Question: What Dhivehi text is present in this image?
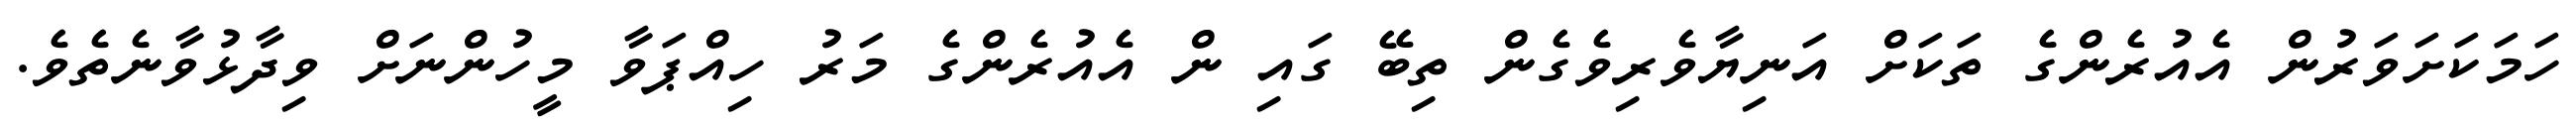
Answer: ހަމަކަށަވަރުން އެއުރެންގެ ތަކަށް އަނިޔާވެރިވެގެން ތިބޭ ގައި ން އެއުރެންގެ މަރު ހިއްޕަވާ މީހުންނަށް ވިދާޅުވާނެތެވެ.